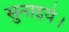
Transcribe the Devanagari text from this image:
सुनाइये।